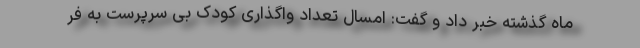
ماه گذشته خبر داد و گفت: امسال تعداد واگذاری کودک بی سرپرست به فر